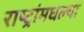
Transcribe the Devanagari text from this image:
राष्ट्रांमधल्या